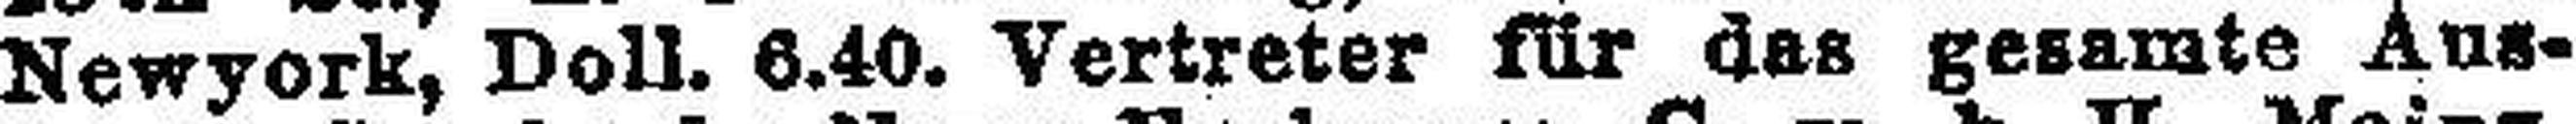
Newyork, Doll. 6.40. Vertreter für das gesamte Aus¬